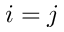
i = j